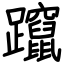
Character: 躥